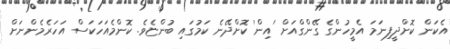
އެކަން ކޮށްދީފިނަމަ އެމީހުންގެ ގޭންގްއަށް 'އިން' ކޮށްދޭނެ ކަމުގައި ބުންޏެވެ. ކޮންމެއަހަކަސް އަހަރެމެންނަށް